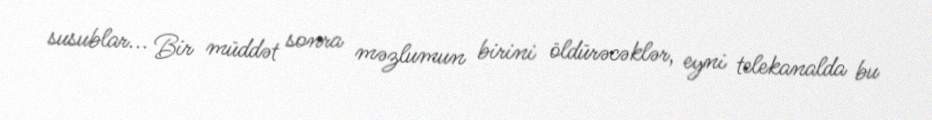
susublar... Bir müddət sonra məzlumun birini öldürəcəklər, eyni telekanalda bu